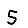
Digit: 5